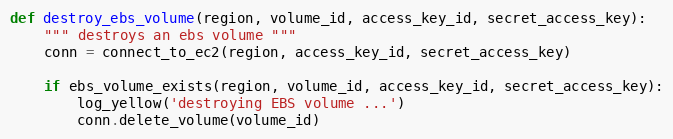
Language: Python
def destroy_ebs_volume(region, volume_id, access_key_id, secret_access_key):
    """ destroys an ebs volume """
    conn = connect_to_ec2(region, access_key_id, secret_access_key)

    if ebs_volume_exists(region, volume_id, access_key_id, secret_access_key):
        log_yellow('destroying EBS volume ...')
        conn.delete_volume(volume_id)